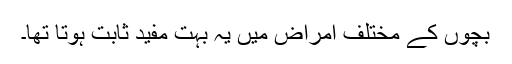
بچوں کے مختلف امراض میں یہ بہت مفید ثابت ہوتا تھا۔